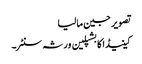
تصویر جین مالیا
کینیڈا کا بشپلین ورثہ سنٹر۔